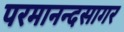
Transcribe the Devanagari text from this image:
परमानन्दसागर